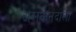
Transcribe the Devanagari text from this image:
अलकनंदाला